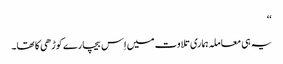
‘‘
یہ ہی معاملہ ہماری تلاوت میں اِس بیچارے کوڑھی کا تھا۔